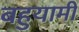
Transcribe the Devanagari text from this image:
बहुयामी